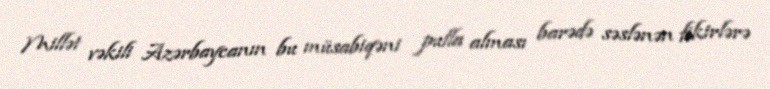
Millət vəkili Azərbaycanın bu müsabiqəni pulla alması barədə səslənən fikirlərə